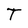
Character: T